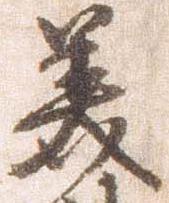
美